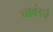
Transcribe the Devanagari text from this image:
चावंडचे